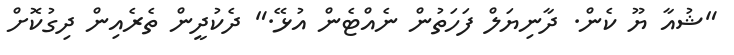
"ޝުއާ ޔޫ ކެން. ދާނިޔަލް ފަހަތުން ނެއްޓެން އުޅޭ." ދެކުދީން ތެރެއިން ދިގުކޮށް